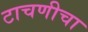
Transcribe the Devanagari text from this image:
टाचणीचा